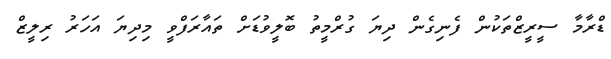
ޑްރާމާ ސީރީޒްތަކުން ފެނިގެން ދިޔަ ގުރްމީތު ބޮލީވުޑަށް ތައާރަފްވީ މިދިޔަ އަހަރު ރިލީޒް